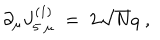
LaTeX: \partial _ { \mu } J _ { 5 \; \mu } ^ { ( 1 ) } \; = \; 2 \sqrt { N } q \; ,